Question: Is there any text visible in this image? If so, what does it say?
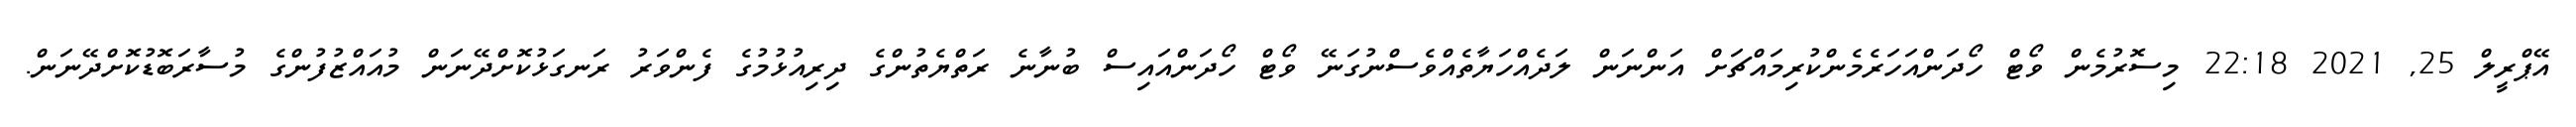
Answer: އޭޕްރީލް 25, 2021 22:18 މިސޮރުމެން ވޯޓް ހޯދަންއަހަރެމެންކުރިމައްޗަށް އަންނަން ލަދެއްހަޔާތެއްވެސްނުގަނޭ ވޯޓް ހޯދަންއައިސް ބުނާނެ ރަތްޔެތުންގެ ދިރިއުޅުމުގެ ފެންވަރު ރަނގަޅުކޮށްދޭނަން މުއައްޒުފުންގެ މުސާރަބޮޑުކޮށްދޭނަން.